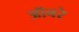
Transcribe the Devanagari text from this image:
ऑबरे